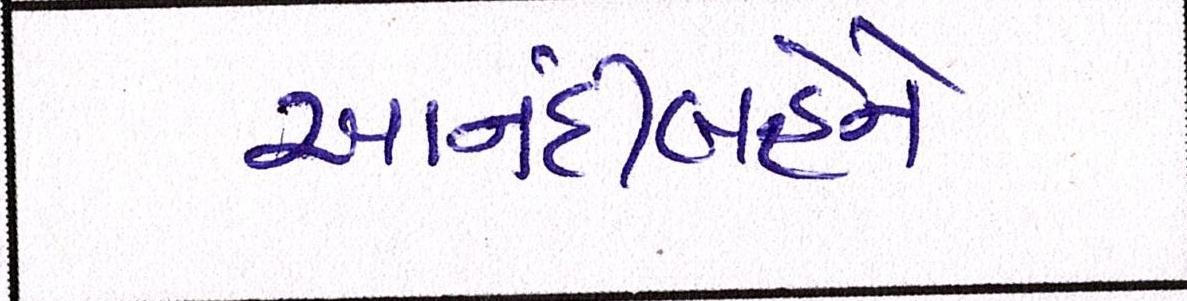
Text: આનંદીબહેને